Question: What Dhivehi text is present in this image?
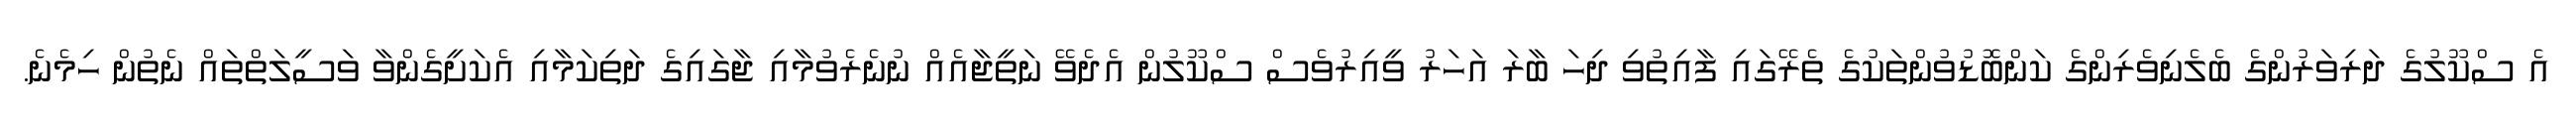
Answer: އެ ސްކޫލުގެ ދަރިވަރުންގެ ބެލެނިވެރިންގެ ކަންބޮޑުވުންތަކުގެ ތެރޭގައި ފާއިތުވި ދިހަ ބާރަ އަހަރު ވީއިރުވެސް ސްކޫލުން އެދެވޭ ނަތީޖާއެއް ނުނެރެވުމާއި ޖާގައިގެ ދަތިކަމާއި އެކަށީގެންވާ ވަސީލަތްތައް ނެތުން ހިމެނެ.